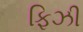
ફિઝી